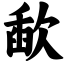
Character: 歃